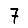
Digit: 7